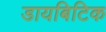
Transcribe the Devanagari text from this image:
डायबिटिक